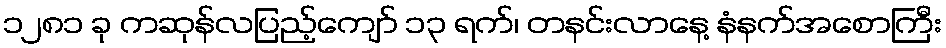
၁၂၈၁ ခု ကဆုန်လပြည့်ကျော် ၁၃ ရက်၊ တနင်းလာနေ့ နံနက်အစောကြီး